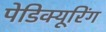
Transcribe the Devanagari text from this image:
पेडिक्यूरिंग